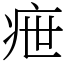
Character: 疶